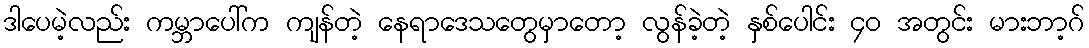
ဒါပေမဲ့လည်း ကမ္ဘာပေါ်က ကျန်တဲ့ နေရာဒေသတွေမှာတော့ လွန်ခဲ့တဲ့ နှစ်ပေါင်း ၄၀ အတွင်း မားဘာ့ဂ်